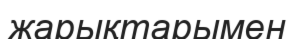
жарықтарымен